Rangoon Lunatic Asylum 1898-1906 - 1898-1906
Year: 1898
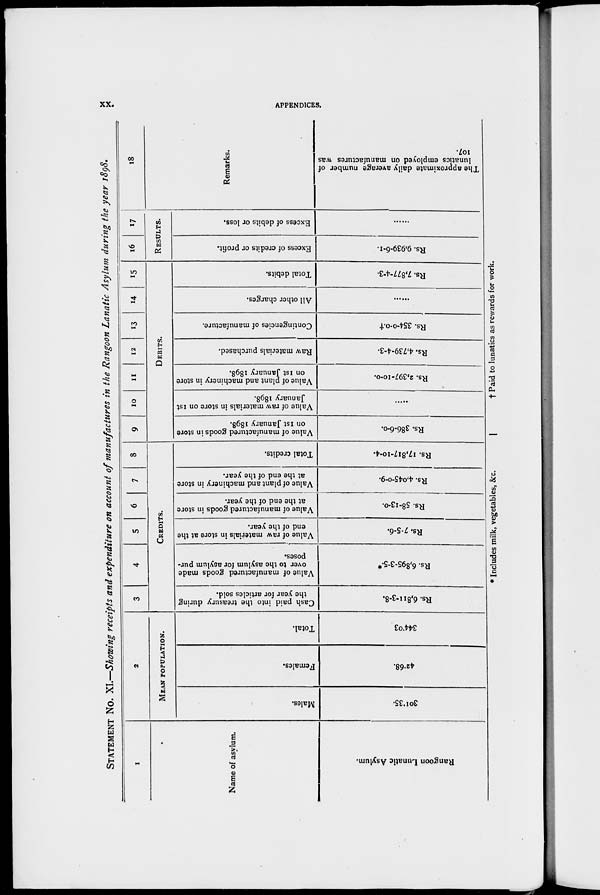
xx.
APPENDICES.
STATEMENT No. XI.—Showing receipts and expenditure on account of manufactures in the Rangoon Lanatic Asylum during the year 1898.
1
Name of asylum.
Rangoon Lunatic Asylum.
2
MEAN POPULATION.
Males.
301.35.
Females.
42.68.
Total.
344.03
3
4
5
6
7
8
CREDITS.
Cash paid into the treasury during
the year for articles sold.
Rs. 6,811-3-8.
Value of manufactured goods made
over to the asylum for asylum pur-
poses.
Rs. 6,895.3-5.*
Value of raw materials in store at the
end of the year.
Rs. 7-5-6.
Value of manufactured goods in store
at the end of the year.
Rs. 58-13-0.
Value of plant and machinery in store
at the end of the year.
Rs. 4,045-0-9.
Total credits.
Rs. 17,817-10-4.
9
10
11
12
13
14
15
DEBITS.
Value of manufactured goods in store
on 1st January 1898.
Rs. 386-6-0.
Value of raw materials in store on 1st
January 1898.
.....
Value of plant and machinery in store
on 1st January 1898.
Rs. 2,397-10-0.
Raw materials purchased.
Rs. 4,739-4-3.
Contingencies of manufacture.
Rs. 354-0-0.†
All other charges.
......
Total debits.
Rs. 7,877-4-3.
16
17
RESULTS.
Excess of credits or profit.
Rs. 9,939-6-1.
Excess of debits or loss.
.....
18
Remarks.
The approximate daily average number of
lunatics employed on manufactures was
107.
* Includes milk, vegetables, &c.
† Paid to lunatics as rewards for work.